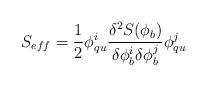
LaTeX: \begin{align*}S_{eff} = \frac{1}{2} \phi^i_{qu}\frac{\delta^2 S(\phi_b)}{\delta \phi^i_b \delta \phi^j_b} \phi^j_{qu}\end{align*}